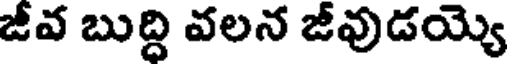
జీవ బుద్ది వలన జీవుడయ్యె